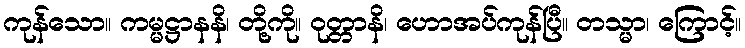
ကုန်သော။ ကမ္မဋ္ဌာနနိ၊ တို့ကို။ ဝုတ္တာနိ၊ ဟောအပ်ကုန်ပြီ။ တသ္မာ၊ ကြောင့်။